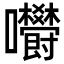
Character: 𡆋